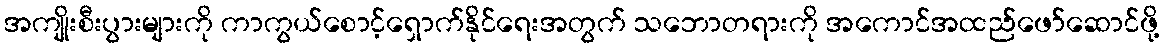
အကျိုးစီးပွားများကို ကာကွယ်စောင့်ရှောက်နိုင်ရေးအတွက် သဘောတရားကို အကောင်အထည်ဖော်ဆောင်ဖို့